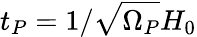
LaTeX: t_{P}=1/\sqrt{\Omega_{P}}H_{0}